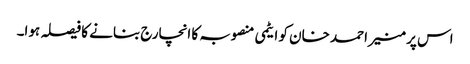
اس پر منیر احمد خان کو ایٹمی منصوبہ کا انچارج بنانے کا فیصلہ ہوا۔